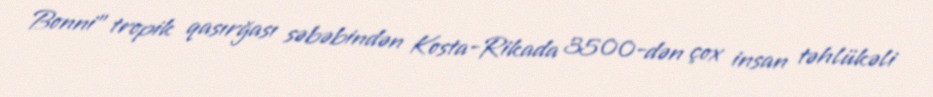
Bonni" tropik qasırğası səbəbindən Kosta-Rikada 3500-dən çox insan təhlükəli